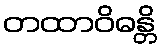
တထာဝိဓန္တိ